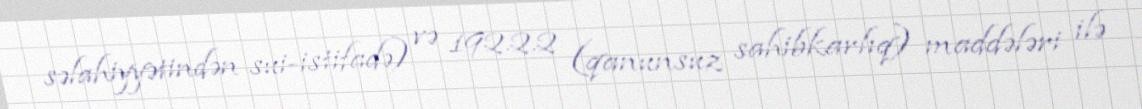
səlahiyyətindən sui-istifadə) və 192.2.2 (qanunsuz sahibkarlıq) maddələri ilə